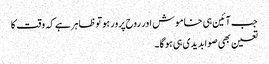
جب آئین ہی خاموش اور روح پرور ہو توظاہرہے کہ وقت کا
تعین بھی صوابدیدی ہی ہو گا ۔